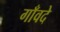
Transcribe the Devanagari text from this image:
गाँवदे